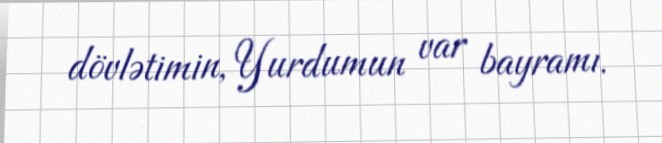
dövlətimin, Yurdumun var bayramı.